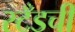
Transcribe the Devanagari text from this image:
स्टँडची